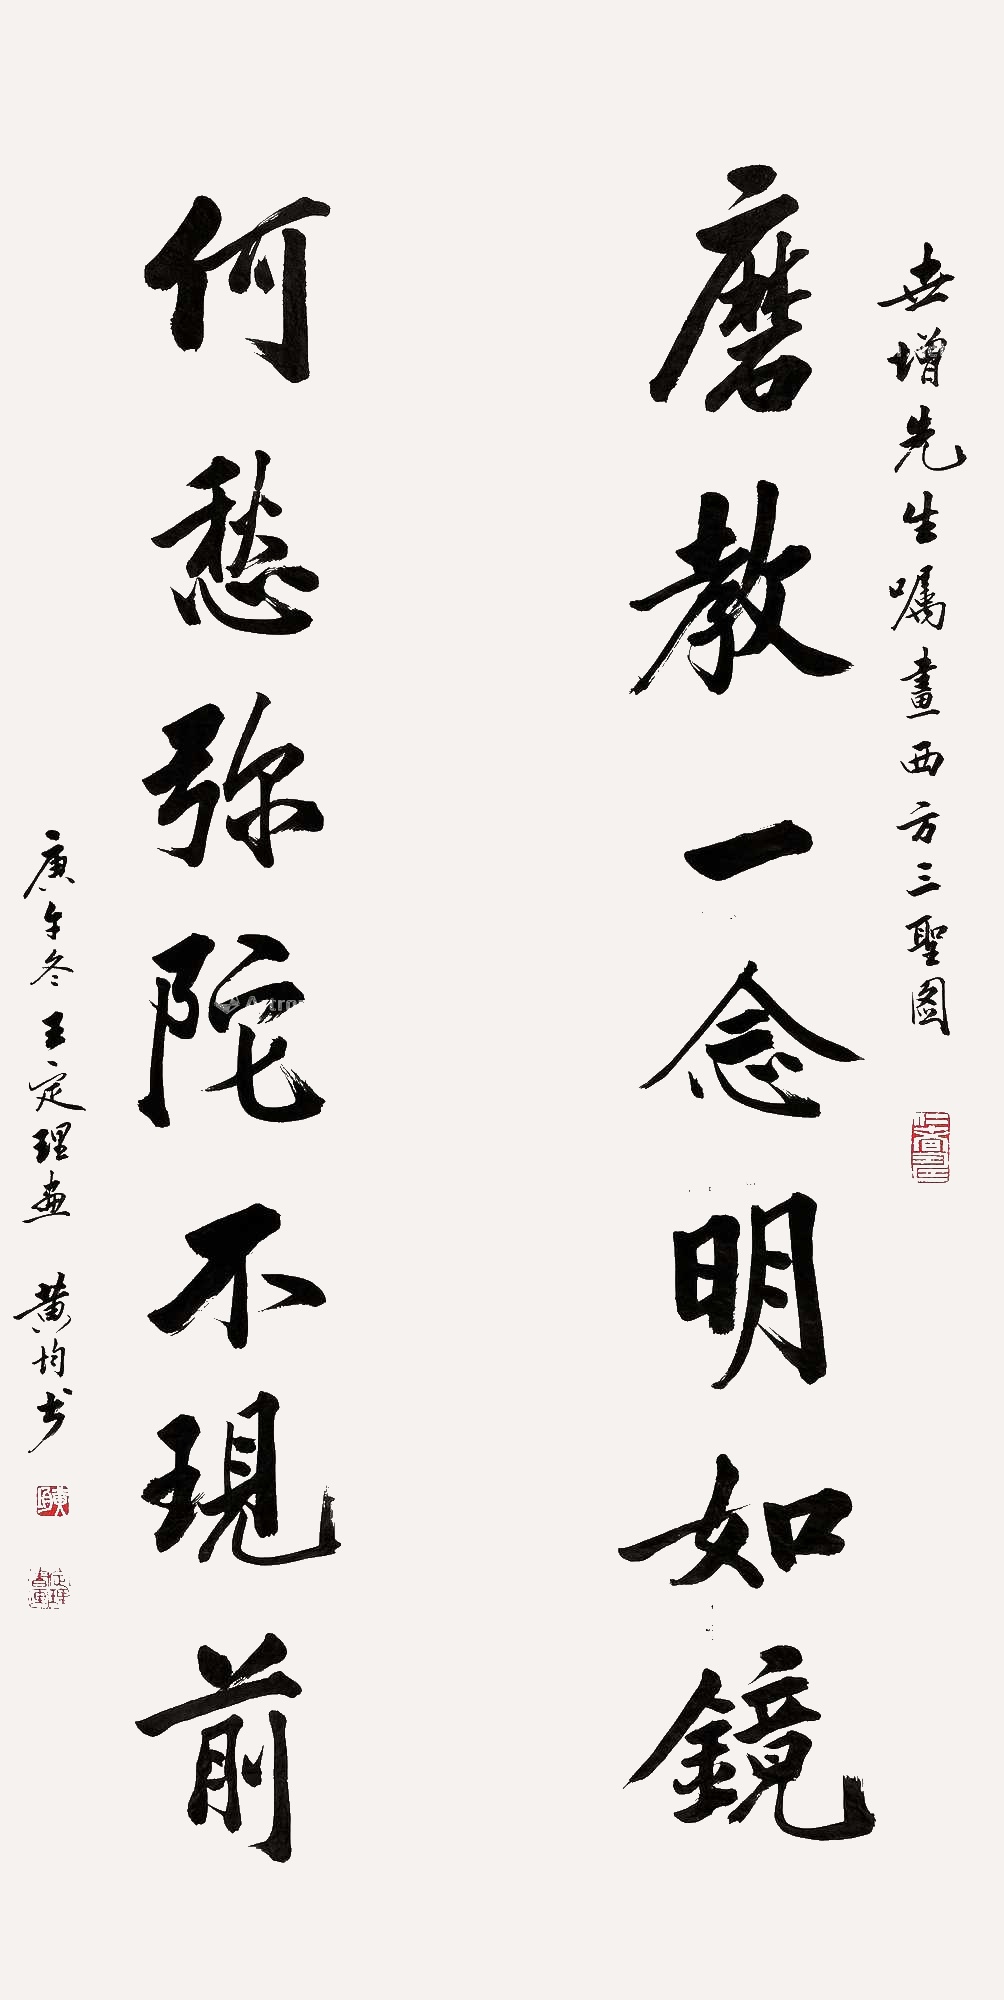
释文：磨教一念明如镜，何愁弥陀不现前。世增先生嘱画西方三圣图，庚午（1990年）冬王定理画，黄均书。